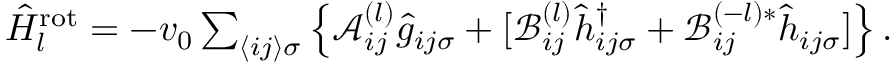
\begin{array} { r } { \hat { H } _ { l } ^ { \mathrm { r o t } } = - v _ { 0 } \sum _ { \langle i j \rangle \sigma } \left\{ \mathcal { A } _ { i j } ^ { ( l ) } \hat { g } _ { i j \sigma } + [ \mathcal { B } _ { i j } ^ { ( l ) } \hat { h } _ { i j \sigma } ^ { \dagger } + \mathcal { B } _ { i j } ^ { ( - l ) * } \hat { h } _ { i j \sigma } ] \right\} . } \end{array}